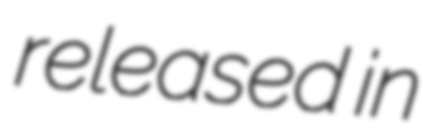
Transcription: released in